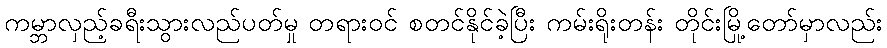
ကမ္ဘာလှည့်ခရီးသွားလည်ပတ်မှု တရားဝင် စတင်နိုင်ခဲ့ပြီး ကမ်းရိုးတန်း တိုင်းမြို့တော်မှာလည်း